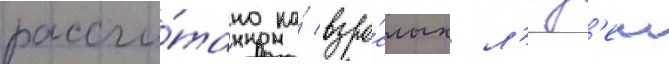
рассчи́тано на́ взро́слых л'юд'еи